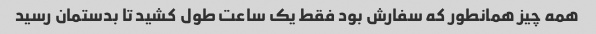
همه چیز همانطور که سفارش بود فقط یک ساعت طول کشید تا بدستمان رسید